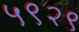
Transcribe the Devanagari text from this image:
५९२९